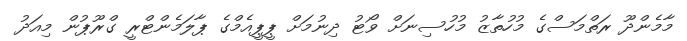
މާމެންދޫ ރަތްމަސްގެ މުހުތާޒު މުހުސިނަށް ވޯޓު ދިނުމަށް ޕީޕީއެމްގެ ޕާލަމެންޓްރީ ގްރޫޕުން މިއަދު